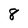
Character: 8